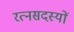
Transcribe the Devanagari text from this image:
रत्नसदस्यों